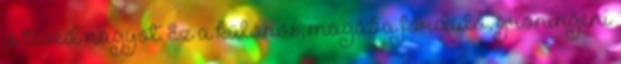
is téved nagyot. Ez a különös, magába forduló, groningeni